Calcutta medical institutions reports 1871-78
Year: 1871
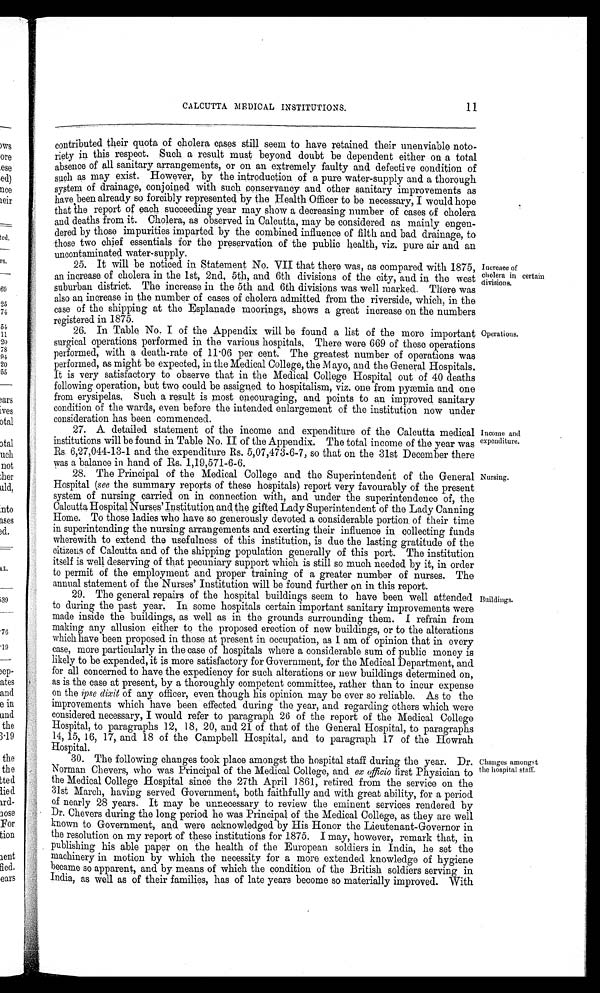
CALCUTTA MEDICAL INSTITUTIONS. 11
contributed their quota of cholera cases still seem to have retained their unenviable noto-
riety in this respect. Such a result must beyond doubt be dependent either on a total
absence of all sanitary arrangements, or on an extremely faulty and defective condition of
such as may exist. However, by the introduction of a pure water-supply and a thorough
system of drainage, conjoined with such conservancy and other sanitary improvements as
have been already so forcibly represented by the Health Officer to be necessary, I would hope
that the report of each succeeding year may show a decreasing number of cases of cholera
and deaths from it. Cholera, as observed in Calcutta, may be considered as mainly engen-
dered by those impurities imparted by the combined influence of filth and bad drainage, to
those two chief essentials for the preservation of the public health, viz. pure air and an
uncontaminated water-supply.
25. It will be noticed in statement No. VII that there was, as compared with 1875,
an increase of cholera in the 1st, 2nd, 5th, and 6th divisions of the city, and in the west
suburban district. The increase in the 5th and 6th divisions was well marked. There was
also an increase in the number of cases of cholera admitted from the riverside, which, in the
case of the shipping at the Esplanade moorings, shows a great increase on the numbers
registered in 1875.
26. In Table No. I of the Appendix will be found a list of the more important
surgical operations performed in the various hospitals. There were 669 of these operations
performed, with a death-rate of 11.06 per cent. The greatest number of operations was
performed, as might be expected, in the Medical College, the Mayo, and the General Hospitals.
It is very satisfactory to observe that in the Medical College Hospital out of 40 deaths
following operation, but two could be assigned to hospitalism, viz. one from pyæmia and one
from erysipelas. Such a result is most encouraging, and points to an improved sanitary
condition of the wards, even before the intended enlargement of the institution now under
consideration has been commenced.
27. A detailed statement of the income and expenditure of the Calcutta medical
institutions will be found in Table No. II of the Appendix. The total income of the year was
Rs. 6,27,044-13-1 and the expenditure Rs. 5,07,473-6-7, so that on the 31st December there
was a balance in hand of Rs. 1,19,571-6-6.
28. The Principal of the Medical College and the Superintendent of the General
Hospital (see the summary reports of these hospitals) report very favourably of the present
system of nursing carried on in connection with, and under the superintendence of, the
Calcutta Hospital Nurses' Institution and the gifted Lady Superintendent of the Lady Canning
Home. To those ladies who have so generously devoted a considerable portion of their time
in superintending the nursing arrangements and exerting their influence in collecting funds
wherewith to extend the usefulness of this institution, is due the lasting gratitude of the
citizens of Calcutta and of the shipping population generally of this port. The institution
itself is well deserving of that pecuniary support which is still so much needed by it, in order
to permit of the employment and proper training of a greater number of nurses. The
annual statement of the Nurses' Institution will be found further on in this report.
29. The general repairs of the hospital buildings seem to have been well attended
to during the past year. In some hospitals certain important sanitary improvements were
made inside the buildings, as well as in the grounds surrounding them. I refrain from
making any allusion either to the proposed erection of new buildings, or to the alterations
which have been proposed in those at present in occupation, as I am of opinion that in every
case, more particularly in the case of hospitals where a considerable sum of public money is
likely to be expended, it is more satisfactory for Government, for the Medical Department, and
for all concerned to have the expediency for such alterations or new buildings determined on,
as is the case at present, by a thoroughly competent committee, rather than to incur expense
on the ipse dixit of any officer, even though his opinion may be ever so reliable. As to the
improvements which have been effected during the year, and regarding others which were
considered necessary, I would refer to paragraph 26 of the report of the Medical College
Hospital, to paragraphs 12, 18, 20, and 21 of that of the General Hospital, to paragraphs
14, 15, 16, 17, and 18 of the Campbell Hospital, and to paragraph 17 of the Howrah
Hospital.
30. The following changes took place amongst the hospital staff during the year. Dr.
Norman Chevers, who was Principal of the Medical College, and ex officio first Physician to
the Medical College Hospital since the 27th April 1861, retired from the service on the
31st March, having served Government, both faithfully and with great ability, for a period
of nearly 28 years. It may be unnecessary to review the eminent services rendered by
Dr. Chevers during the long period he was Principal of the Medical College, as they are well
known to Government, and were acknowledged by His Honor the Lieutenant-Governor in
the resolution on my report of these institutions for 1875. I may, however, remark that, in
publishing his able paper on the health of the European soldiers in India, he set the
machinery in motion by which the necessity for a more extended knowledge of hygiene
became so apparent, and by means of which the condition of the British soldiers serving in
India, as well as of their families, has of late years become so materially improved. With
Increaee of
cholera in certain
divisions.
Income and
expenditure.
Nursing.
Buildings.
Changes amongst
the hospital staff.